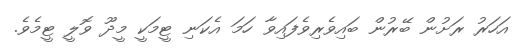
އަހަރު ރަށުން ބޭރުން ބައިވެރިވެފައިވާ ހަމަ އެކަނި ޓީމަކީ މީދޫ ވޮލީ ޓީމެވެ.